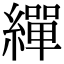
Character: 繟